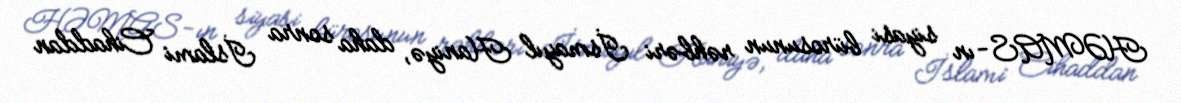
HƏMAS-ın siyasi bürosunun rəhbəri İsmayıl Haniyə, daha sonra İslami Cihaddan